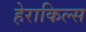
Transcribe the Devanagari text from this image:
हेराकिल्स